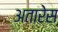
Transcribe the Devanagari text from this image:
अतारेस